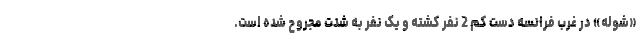
«شوله» در غرب فرانسه دست کم 2 نفر کشته و یک نفر به شدت مجروح شده است.